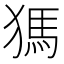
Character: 獁